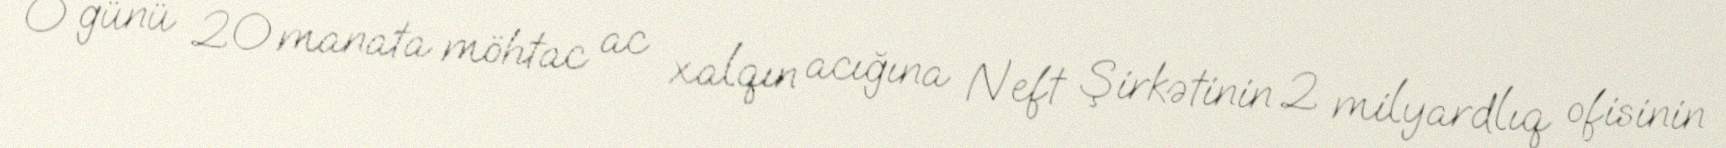
O günü 20 manata möhtac ac xalqın acığına Neft Şirkətinin 2 milyardlıq ofisinin